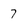
Character: 7